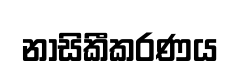
නාසිකීකරණය